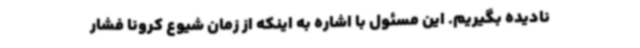
نادیده بگیریم. این مسئول با اشاره به اینکه از زمان شیوع کرونا فشار